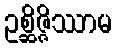
ဥစ္ဆိဇ္ဇိဿာမ